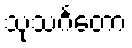
သုသင်္ဂတော